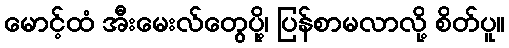
မောင့်ထံ အီးမေးလ်တွေပို့၊ ပြန်စာမလာလို့ စိတ်ပူ။